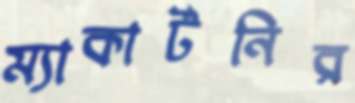
ম্যাকার্টনির